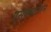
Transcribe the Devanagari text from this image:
एसक्सटेंशन